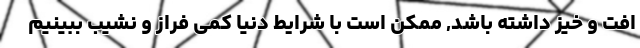
افت و خیز داشته باشد, ممکن است با شرایط دنیا کمی فراز و نشیب ببینیم